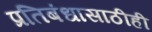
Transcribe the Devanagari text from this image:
प्रतिबंधासाठीही